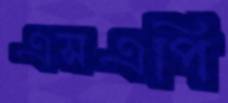
এসএপি